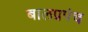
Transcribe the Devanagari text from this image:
बालप्रपंच